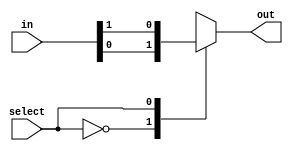
module f1_test(input [1:0] in, input select, output reg out);

always @( in or select)
    case (select)
	    0: out = in[0];
	    1: out = in[1];
	endcase
endmodule